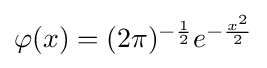
{\textstyle \varphi (x)=(2\pi )^{-{\frac {1}{2}}}e^{-{\frac {x^{2}}{2}}}}